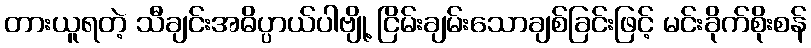
တားယူရတဲ့ သီချင်းအဓိပ္ပာယ်ပါဗျို့ ငြိမ်းချမ်းသောချစ်ခြင်းဖြင့် မင်းခိုက်စိုးစန်